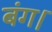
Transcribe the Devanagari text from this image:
बंग।